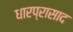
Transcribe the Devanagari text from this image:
धारप्रासाद